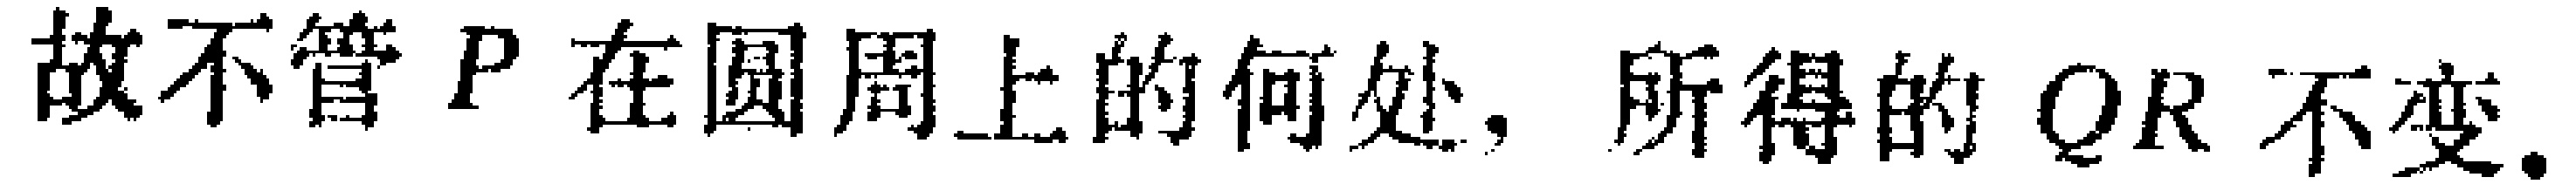
故不管 \(P\) 在圆周上的何处，所得的 \(QR\) 不变.